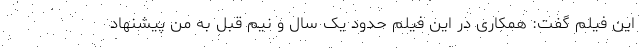
این فیلم گفت: همکاری در این فیلم حدود یک سال و نیم قبل به من پیشنهاد